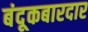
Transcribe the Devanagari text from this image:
बंदूकबारदार